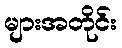
များအတိုင်း